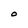
Character: O